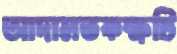
আদালতকক্ষটি